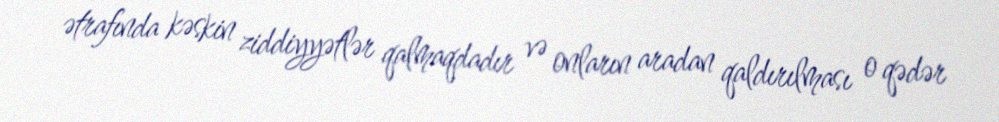
ətrafında kəskin ziddiyyətlər qalmaqdadır və onların aradan qaldırılması o qədər